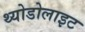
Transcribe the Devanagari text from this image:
थ्योडोलाइट